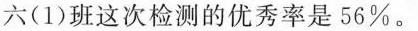
六(1)班这次检测的优秀率是56%。